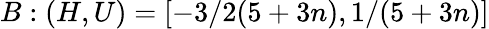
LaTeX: B:(H,U)=[-3/2(5+3n),1/(5+3n)]